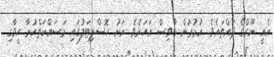
އެއީ ނޫރްގެ ދައްތައެވެ. އުމުރުން ބާވިސް އަހަރެވެ. ރަށު ހޮސްޕިޓަލުގައި މަސައްކަތްކުރާ ހީވާގި